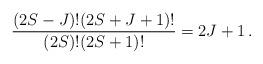
LaTeX: \begin{align*} \frac{ (2S-J)! (2S+J+1)! }{(2S)! (2S+1)!} = 2J+1\,. \end{align*}